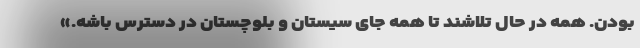
بودن. همه در حال تلاشند تا همه جای سیستان و بلوچستان در دسترس باشه.»